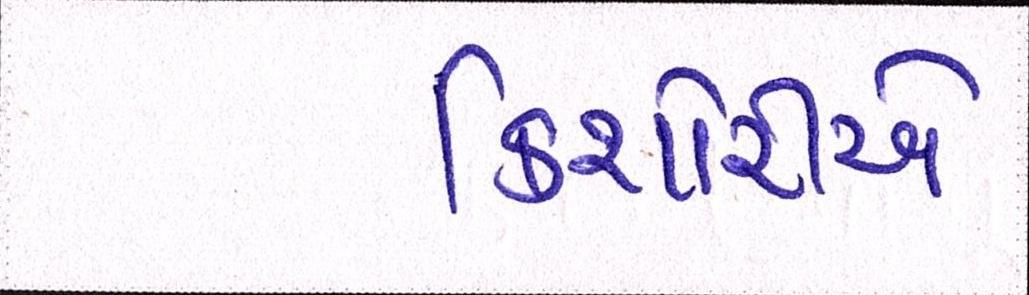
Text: કિશોરીએ